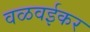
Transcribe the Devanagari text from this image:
वळवईकर